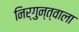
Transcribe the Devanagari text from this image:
निर्गुन्त्वाला